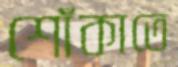
শোঁকাতে